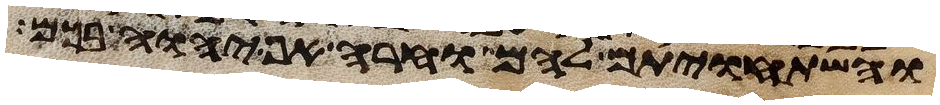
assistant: והשתחויתם להם וחרה אף יהוה בכם